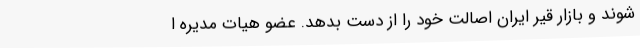
شوند و بازار قیر ایران اصالت خود را از دست بدهد. عضو هیات مدیره ا